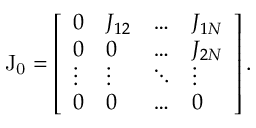
\mathrm { J _ { 0 } } = \left[ \begin{array} { l l l l } { 0 } & { J _ { 1 2 } } & { \dots } & { J _ { 1 N } } \\ { 0 } & { 0 } & { \dots } & { J _ { 2 N } } \\ { \vdots } & { \vdots } & { \ddots } & { \vdots } \\ { 0 } & { 0 } & { \dots } & { 0 } \end{array} \right] .